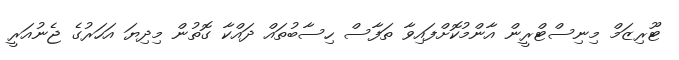
ޓޫރިޒަމް މިނިސްޓްރީން އާންމުކޮށްފައިވާ ތަފާސް ހިސާބުތައް ދައްކާ ގޮތުން މިދިޔަ އަހަރުގެ ޖެނުއަރީ